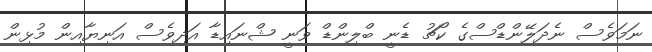
ނަމަވެސް ނެދަލޭންޑްސްގެ ކޯޗު ޑެނީ ބްލިންޑް ވަނީ ޝްނައިޑާ އަދިވެސް އަނިޔާއިން މުޅިން